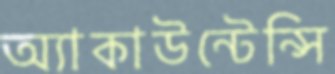
অ্যাকাউন্টেন্সি